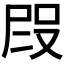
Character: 𭮭